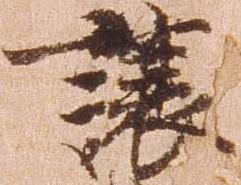
譲